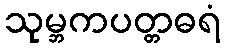
သုမ္ဘကပတ္တဓရံ